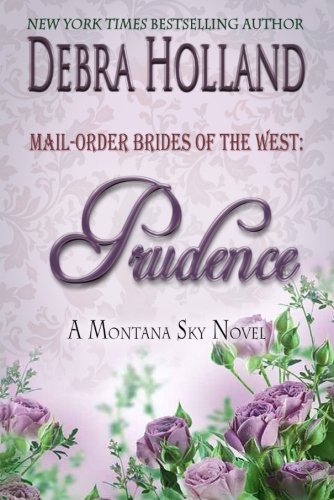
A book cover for Mail-Order Brides of the West: Prudence: A Montana Sky Novel (Montana Sky Series); Debra Holland; Romance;